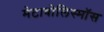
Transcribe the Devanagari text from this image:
मेटाबोलिस्मॉस